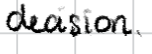
Text: decision.
Cross-out: clean
Writing tool: digital_black